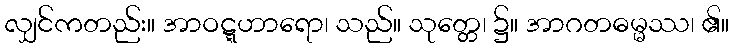
လျှင်ကတည်း။ အာဝဋ္ဋဟာရော၊ သည်။ သုတ္တေ၊ ၌။ အာဂတဓမ္မဿ၊ ၏။